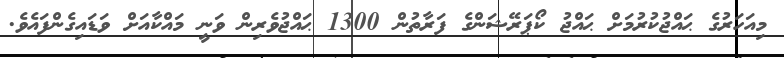
މިއަހަރުގެ ޙައްޖުކުރުމަށް ޙައްޖު ކޯޕަރޭޝަންގެ ފަރާތުން 1300 ޙައްޖުވެރިން ވަނީ މައްކާއަށް ވަޑައިގެންފައެވެ.